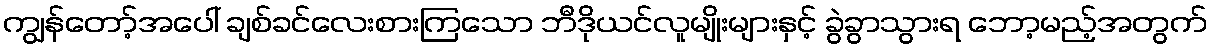
ကျွန်တော့်အပေါ် ချစ်ခင်လေးစားကြသော ဘီဒိုယင်လူမျိုးများနှင့် ခွဲခွာသွားရ ဘော့မည့်အတွက်